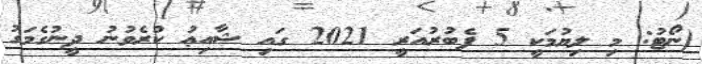
(ނޯޓު: މި ލިޔުމަކީ 5 ފެބުރުއަރީ 2021 ގައި ޝާއިޢު ކުރެވުނު ދީނުގެމަގު